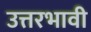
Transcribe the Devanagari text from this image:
उत्तरभावी